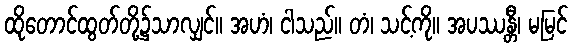
ထိုတောင်ထွတ်တို့၌သာလျှင်။ အဟံ၊ ငါသည်။ တံ၊ သင့်ကို။ အပဿန္တီ၊ မမြင်